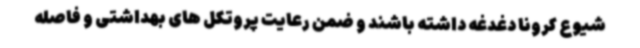
شیوع کرونا دغدغه داشته باشند و ضمن رعایت پروتکل های بهداشتی و فاصله